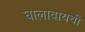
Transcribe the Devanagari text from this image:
घालावायची